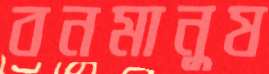
বনমানুষ